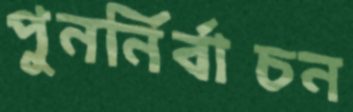
পুনর্নির্বাচন